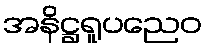
အနိဋ္ဌရူပညေဝ